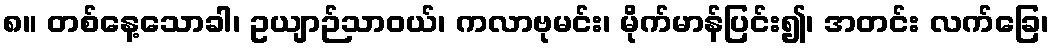
၈။ တစ်နေ့သောခါ၊ ဥယျာဉ်သာဝယ်၊ ကလာဗုမင်း၊ မိုက်မာန်ပြင်း၍၊ အတင်း လက်ခြေ၊